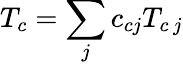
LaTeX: T_{c}=\sum_{j}c_{cj}T_{c\, j}